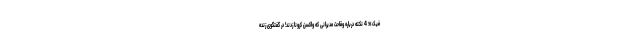
فیک»؛ 4 نکته درباره وقاحت مدیرانی که واکسن کرونا زدند! در گفتگوی زنده